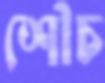
শৌচ